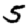
Digit: 5